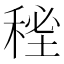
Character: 𥟚